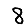
Digit: 8